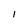
Character: I